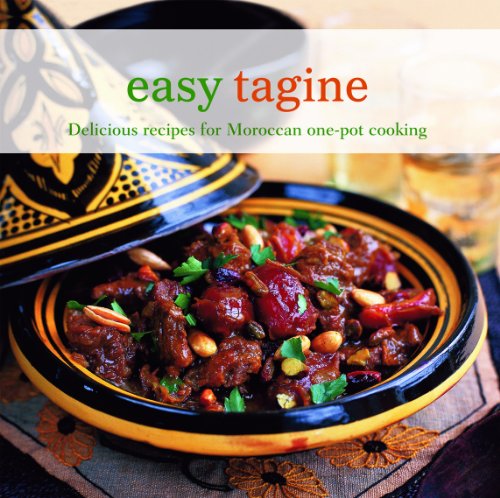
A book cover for Easy Tagine: Delicious Recipes for Moroccan One-Pot Cooking; Ghillie Basan; Cookbooks, Food & Wine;